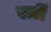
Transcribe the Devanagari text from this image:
एर्ज़ीं